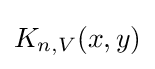
K_{n,V}(x,y)